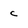
Character: c